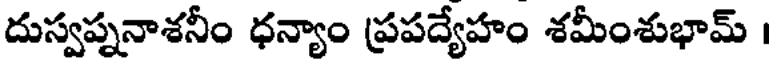
దుస్వప్ననాశనీం ధన్యాం ప్రపద్యేహం శమీంశుభామ్ ।